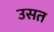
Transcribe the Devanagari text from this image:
उसत